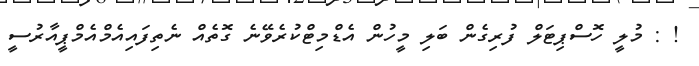
! : މުލީ ހޮސްޕިޓަލް ފުރިގެން ބަލި މީހުން އެޑްމިޓްކުރެވޭނެ ގޮތެއް ނެތިފައިއެމްއެމްޕީއާރުސީ